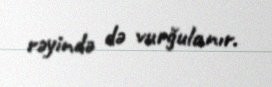
rəyində də vurğulanır.